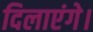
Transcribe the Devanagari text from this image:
दिलाएंगे।